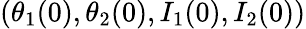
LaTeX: (\theta_{1}(0),\theta_{2}(0),I_{1}(0),I_{2}(0))